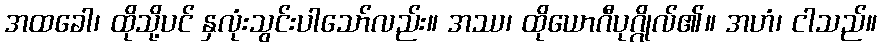
အထခေါ၊ ထိုသို့ပင် နှလုံးသွင်းပါသော်လည်း။ အဿ၊ ထိုယောဂီပုဂ္ဂိုလ်၏။ အဟံ၊ ငါသည်။